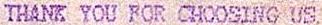
THANK YOU FOR CHOOSING US.